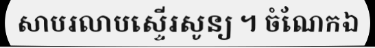
សាបរលាបស្ទើរសូន្យ ។ ចំណែកឯ